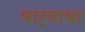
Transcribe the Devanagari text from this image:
चार्‍याचा